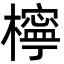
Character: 檸